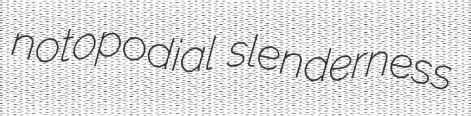
notopodial slenderness